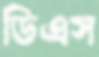
ডিএস